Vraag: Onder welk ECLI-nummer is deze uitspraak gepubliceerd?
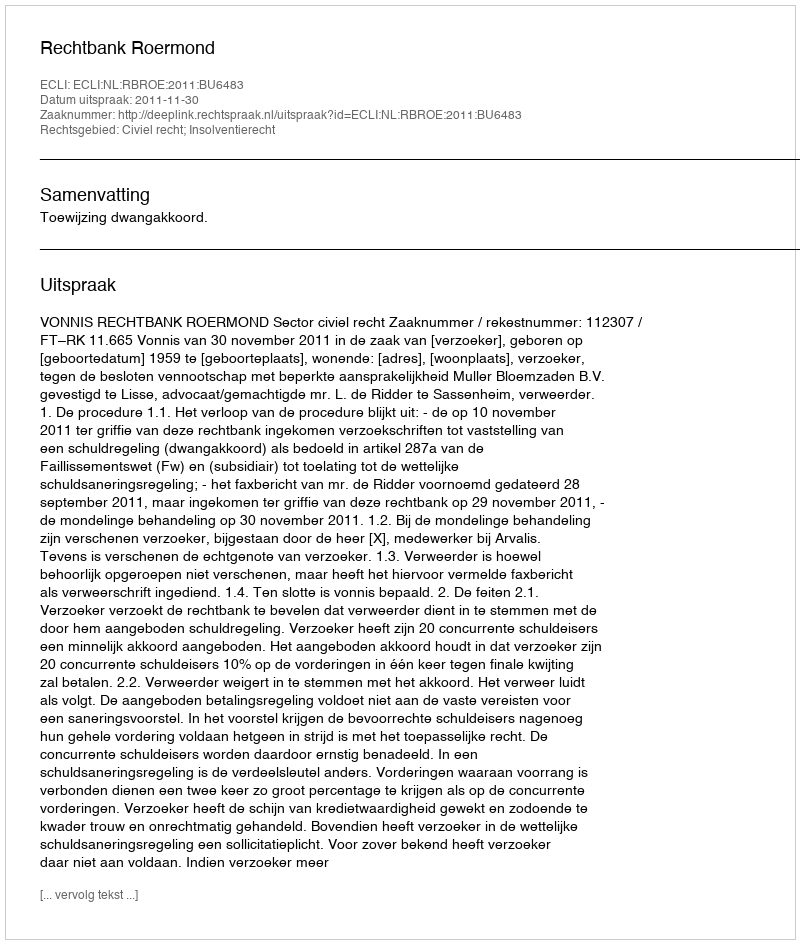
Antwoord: ECLI:NL:RBROE:2011:BU6483